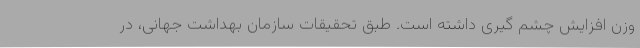
وزن افزایش چشم گیری داشته است. طبق تحقیقات سازمان بهداشت جهانی، در